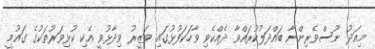
މިއަދު ނޫސްވެރިންނާ ބައްދަލުކުރައްވާ ދެއްކެވި ވާހަކަފުޅުގައި ވަޒީރު ވިދާޅުވީ އެކި ކުޅިވަރުތަކުގެ ގައުމީ